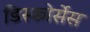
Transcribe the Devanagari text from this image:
डिस्कोर्सेस